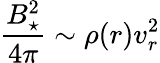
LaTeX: \frac{B_{\star}^{2}}{4\pi}\sim\rho(r)v_{r}^{2}